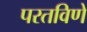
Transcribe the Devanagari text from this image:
परतविणे